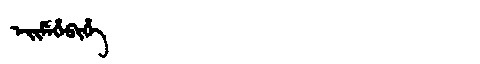
Manchu: ᡝᡳᠮᡝᡥᡝᠪᡳᡥᡝ
Romanization: EIMEHEBIHE